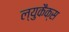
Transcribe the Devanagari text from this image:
ल्युकैक्स